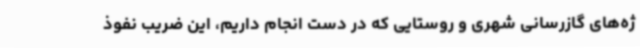
ژه‌های گازرسانی شهری و روستایی که در دست انجام داریم، این ضریب نفوذ